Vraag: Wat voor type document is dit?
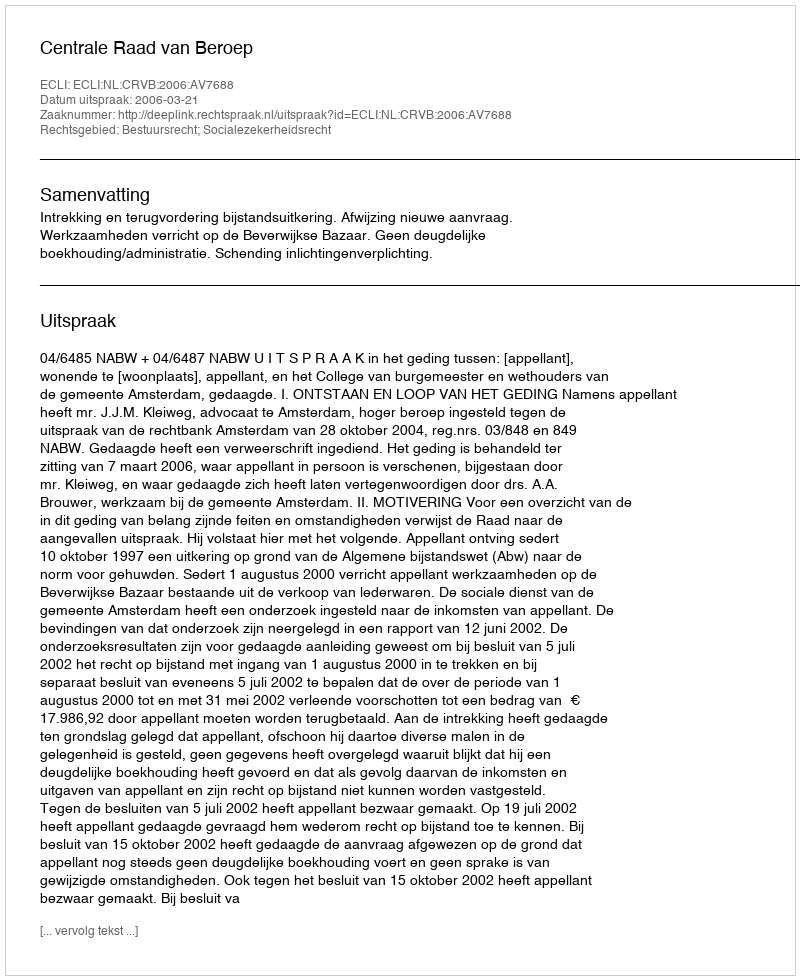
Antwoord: Uitspraak